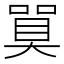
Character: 𪡼